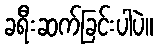
ခရီးဆက်ခြင်းပါပဲ။